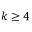
k \geq 4